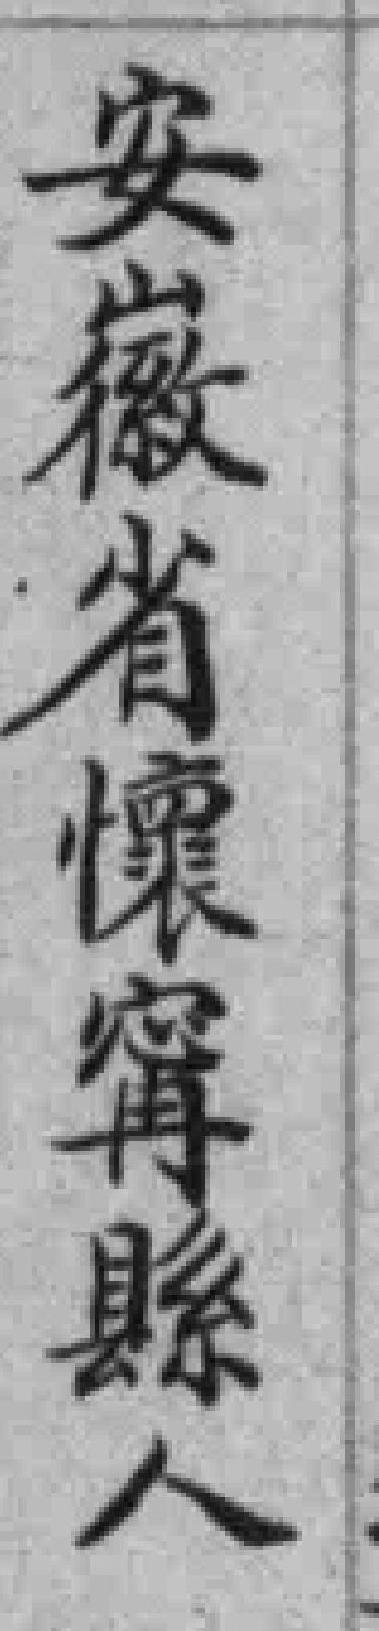
安徽省懷甯縣人